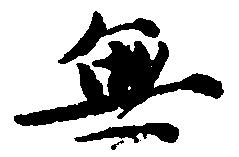
無